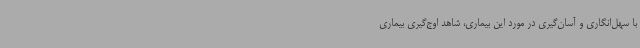
با سهل‌انگاری و آسان‌گیری در مورد این بیماری، شاهد اوج‌گیری بیماری